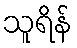
သူရိန်